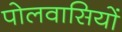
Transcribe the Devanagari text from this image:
पोलवासियों